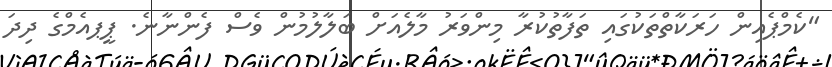
"ކެމްޕެއިން ހަރަކާތްތަކުގައި ތަފާތުކުރާ މިންވަރު މާލެއަށް ބަލާލުމުން ވެސް ފެންނާނެ. ޕީޕއެމްގެ ދިދަ